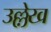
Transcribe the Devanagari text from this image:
उल्ले़ख